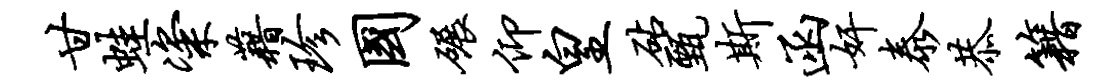
甘蛙粢藉珍国碾仰皇砧甄斯函奸泰恭籍